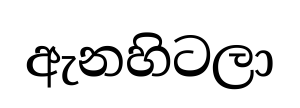
ඇනහිටලා